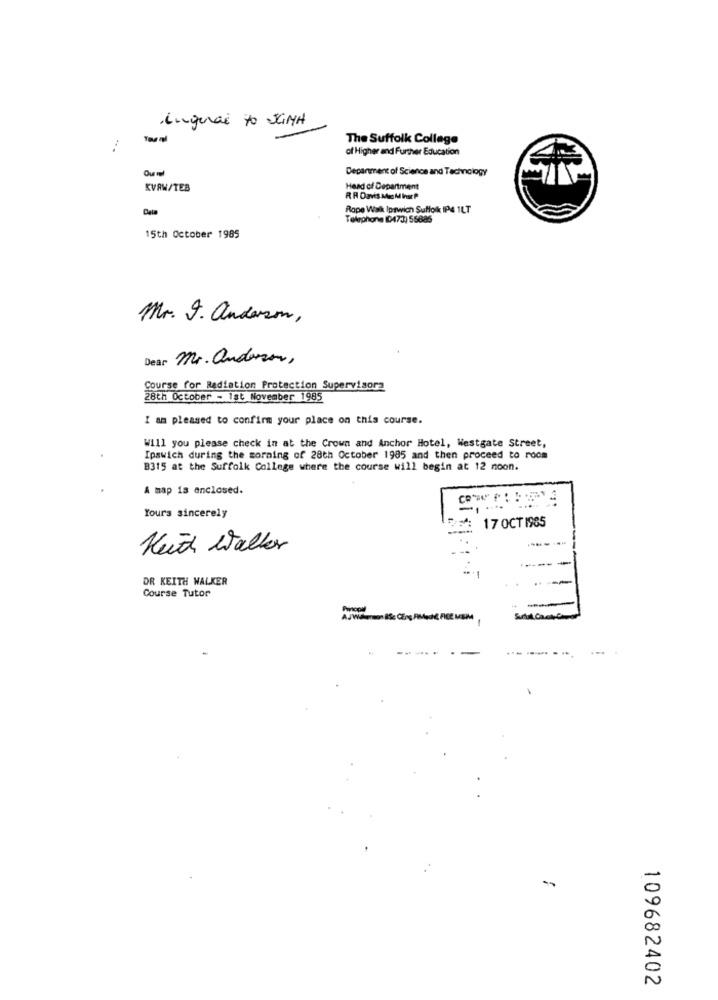
Lungenal to StiMA
The Suffolk College
of Higher and Further Education
Depanment of Science and Technology
Ou ml
KVAW/TEB
Head of Department
Rope Walk Ipswich Suffolk IP4 1LT
Telephone ID473) 56886
15th October 1985
Mr. J. anderson,
Dear Mr. anderson,
Course for Radiation Protection Supervisora
28th October - 1st November 1985
I am pleased to confirm your place on this course.
Will you please check in at the Crown and Anchor Hotel, Westgate Street,
Ipswich during the morning of 28th October 1905 and then proceed to roca
B315 at the Suffolk College where the course will begin at 12 noon.
A map is enclosed.
Yours sincerely
17 OCT 1985
-
Keith Walker
DR KEITH WALKER
--
Course Tutor
----
--
-
109682402